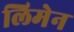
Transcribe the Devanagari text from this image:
लिमेन